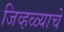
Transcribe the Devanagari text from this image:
जिव्हळ्याचे